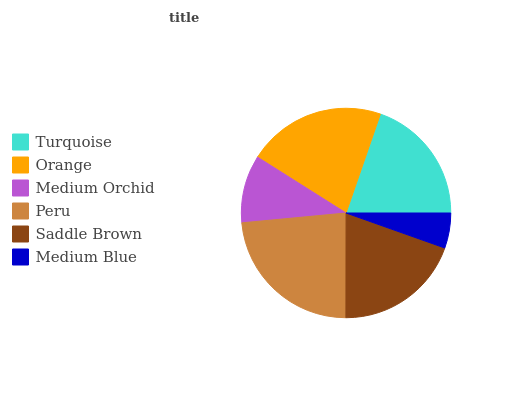
| Turquoise | Orange | Medium Orchid | Peru | Saddle Brown | Medium Blue |
 | --- | --- | --- | --- | --- | --- |
 | 19.7% | 21.3% | 10.4% | 23.5% | 19.6% | 5.42% |